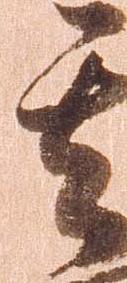
其